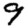
Digit: 9